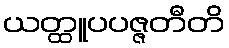
ယတ္ထူပပဇ္ဇတီတိ